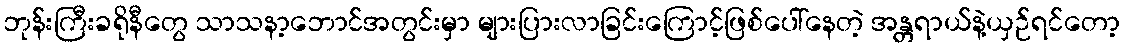
ဘုန်းကြီးခရိုနီတွေ သာသနာ့ဘောင်အတွင်းမှာ များပြားလာခြင်းကြောင့်ဖြစ်ပေါ်နေတဲ့ အန္တရာယ်နဲ့ယှဉ်ရင်တော့